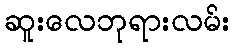
ဆူးလေဘုရားလမ်း